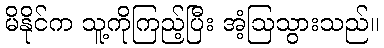
မိနိုင်က သူ့ကိုကြည့်ပြီး အံ့ဩသွားသည်။